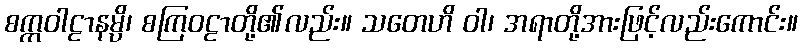
စက္ကဝါဠာနမ္ပိ၊ စကြဝဠာတို့၏လည်း။ သတေဟိ ဝါ၊ အရာတို့အားဖြင့်လည်းကောင်း။